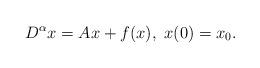
LaTeX: \begin{align*}D^{\alpha} x = A x + f(x), ~x(0) = x_0.\end{align*}